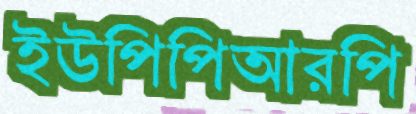
ইউপিপিআরপি